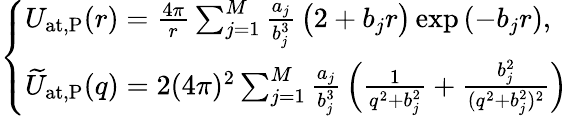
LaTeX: \begin{array}{r}{\left\{ \begin{array}{ll}{U_{\mathrm{at,P}}(r)={\frac{4\pi}{r}}\sum_{j=1}^{M}{\frac{a_{j}}{b_{j}^{3}}}\, \bigl(2+b_{j}r\bigr)\exp\left(-b_{j}r\right),}\\ {\widetilde{U}_{\mathrm{at,P}}(q)=2(4\pi)^{2}\sum_{j=1}^{M}{\frac{a_{j}}{b_{j}^{3}}}\left({\frac{1}{q^{2}+b_{j}^{2}}}+{\frac{b_{j}^{2}}{(q^{2}+b_{j}^{2})^{2}}}\right)}\end{array}\right.}\end{array}